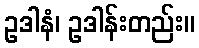
ဥဒါနံ၊ ဥဒါန်းတည်း။